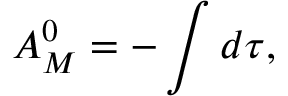
{ \cal A } _ { M } ^ { 0 } = - \int d \tau ,